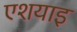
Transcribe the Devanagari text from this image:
एशयाइ